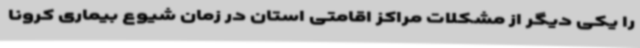
را یکی دیگر از مشکلات مراکز اقامتی استان در زمان شیوع بیماری کرونا